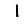
Digit: 1